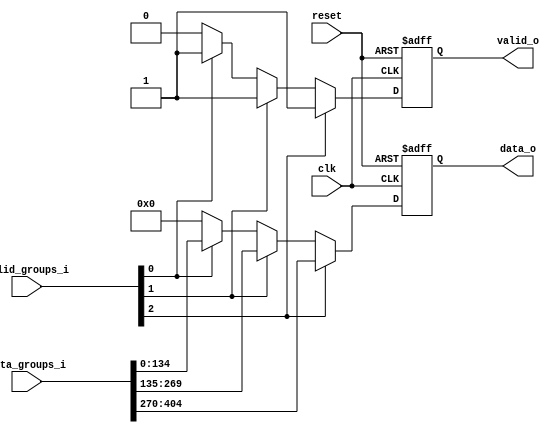
//
// Copyright (C) 2010, 2011 The Board of Trustees of The Leland Stanford
// Junior University
// Copyright (c) 2016 University of Cambridge
// All rights reserved.
//
// This software was developed by University of Cambridge Computer Laboratory
// under the ENDEAVOUR project (grant agreement 644960) as part of
// the European Union's Horizon 2020 research and innovation programme.
//
// @NETFPGA_LICENSE_HEADER_START@
//
// Licensed to NetFPGA Open Systems C.I.C. (NetFPGA) under one or more
// contributor license agreements. See the NOTICE file distributed with this
// work for additional information regarding copyright ownership. NetFPGA
// licenses this file to you under the NetFPGA Hardware-Software License,
// Version 1.0 (the License); you may not use this file except in compliance
// with the License.  You may obtain a copy of the License at:
//
// http://www.netfpga-cic.org
//
// Unless required by applicable law or agreed to in writing, Work distributed
// under the License is distributed on an "AS IS" BASIS, WITHOUT WARRANTIES OR
// CONDITIONS OF ANY KIND, either express or implied. See the License for the
// specific language governing permissions and limitations under the License.
//
// @NETFPGA_LICENSE_HEADER_END@
/*******************************************************************************
 *  File:
 *        multistage_priority_mux.v
 *
 *  Author:
 *        Muhammad Shahbaz
 *
 *  Description:
 *        Hardwire the hardware interfaces to CPU and vice versa
 */

module multistage_priority_mux 
#(
   parameter ATTRIBUTE_DATA_WIDTH   = 135,
   parameter DIVISION_FACTOR        = 2,
   parameter DATA_GROUPS            = 4
)
(
   // --- Results 
   output                                                   valid_o,
   output      [ATTRIBUTE_DATA_WIDTH-1:0]                   data_o,
      
   input       [DATA_GROUPS-1:0]                            valid_groups_i,
   input       [(DATA_GROUPS*ATTRIBUTE_DATA_WIDTH)-1:0]     data_groups_i,
                                                                                                                    
   // --- Misc
   input                                                    reset,
   input                                                    clk 
);
   
 
//------------------------ Logic ----------------------------------
reg valid;
reg [ATTRIBUTE_DATA_WIDTH-1:0] data;

always @(posedge clk or posedge reset)
   if (reset) begin
      valid    <= 1'b0;   
      data     <= {ATTRIBUTE_DATA_WIDTH{1'b0}};
   end
   else begin // Need to check the priorities.
      if (valid_groups_i[2]) begin
         valid    <= 1;   
         data     <= data_groups_i[(2*ATTRIBUTE_DATA_WIDTH)+ATTRIBUTE_DATA_WIDTH-1:(2*ATTRIBUTE_DATA_WIDTH)];
      end
      else if (valid_groups_i[1]) begin
         valid    <= 1;   
         data     <= data_groups_i[(1*ATTRIBUTE_DATA_WIDTH)+ATTRIBUTE_DATA_WIDTH-1:(1*ATTRIBUTE_DATA_WIDTH)];
      end
      else if (valid_groups_i[0]) begin
         valid    <= 1;   
         data     <= data_groups_i[(0*ATTRIBUTE_DATA_WIDTH)+ATTRIBUTE_DATA_WIDTH-1:(0*ATTRIBUTE_DATA_WIDTH)];
      end
      else begin
         valid    <= 0;   
         data     <= 0;
      end
   end

assign valid_o   = valid;    
assign data_o     = data;   

endmodule